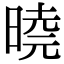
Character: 𭦩